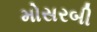
મોસરબી